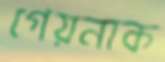
গেয়নাক